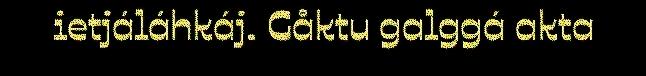
ietjáláhkáj. Gåktu galggá akta